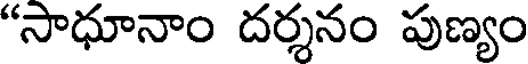
"సాధూనాం దర్శనం పుణ్యం